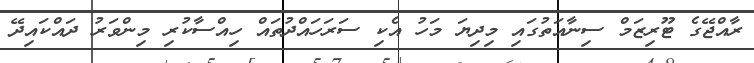
ރާއްޖޭގެ ޓޫރިޒަމް ސިނާއަތުގައި މިދިޔަ މަހު އެކި ސަރަހައްދުތައް ހިއްސާކުރި މިންވަރު ދައްކައިދޭ